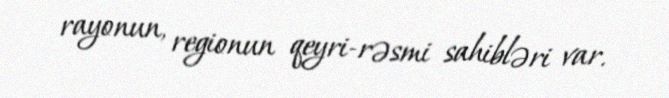
rayonun, regionun qeyri-rəsmi sahibləri var.